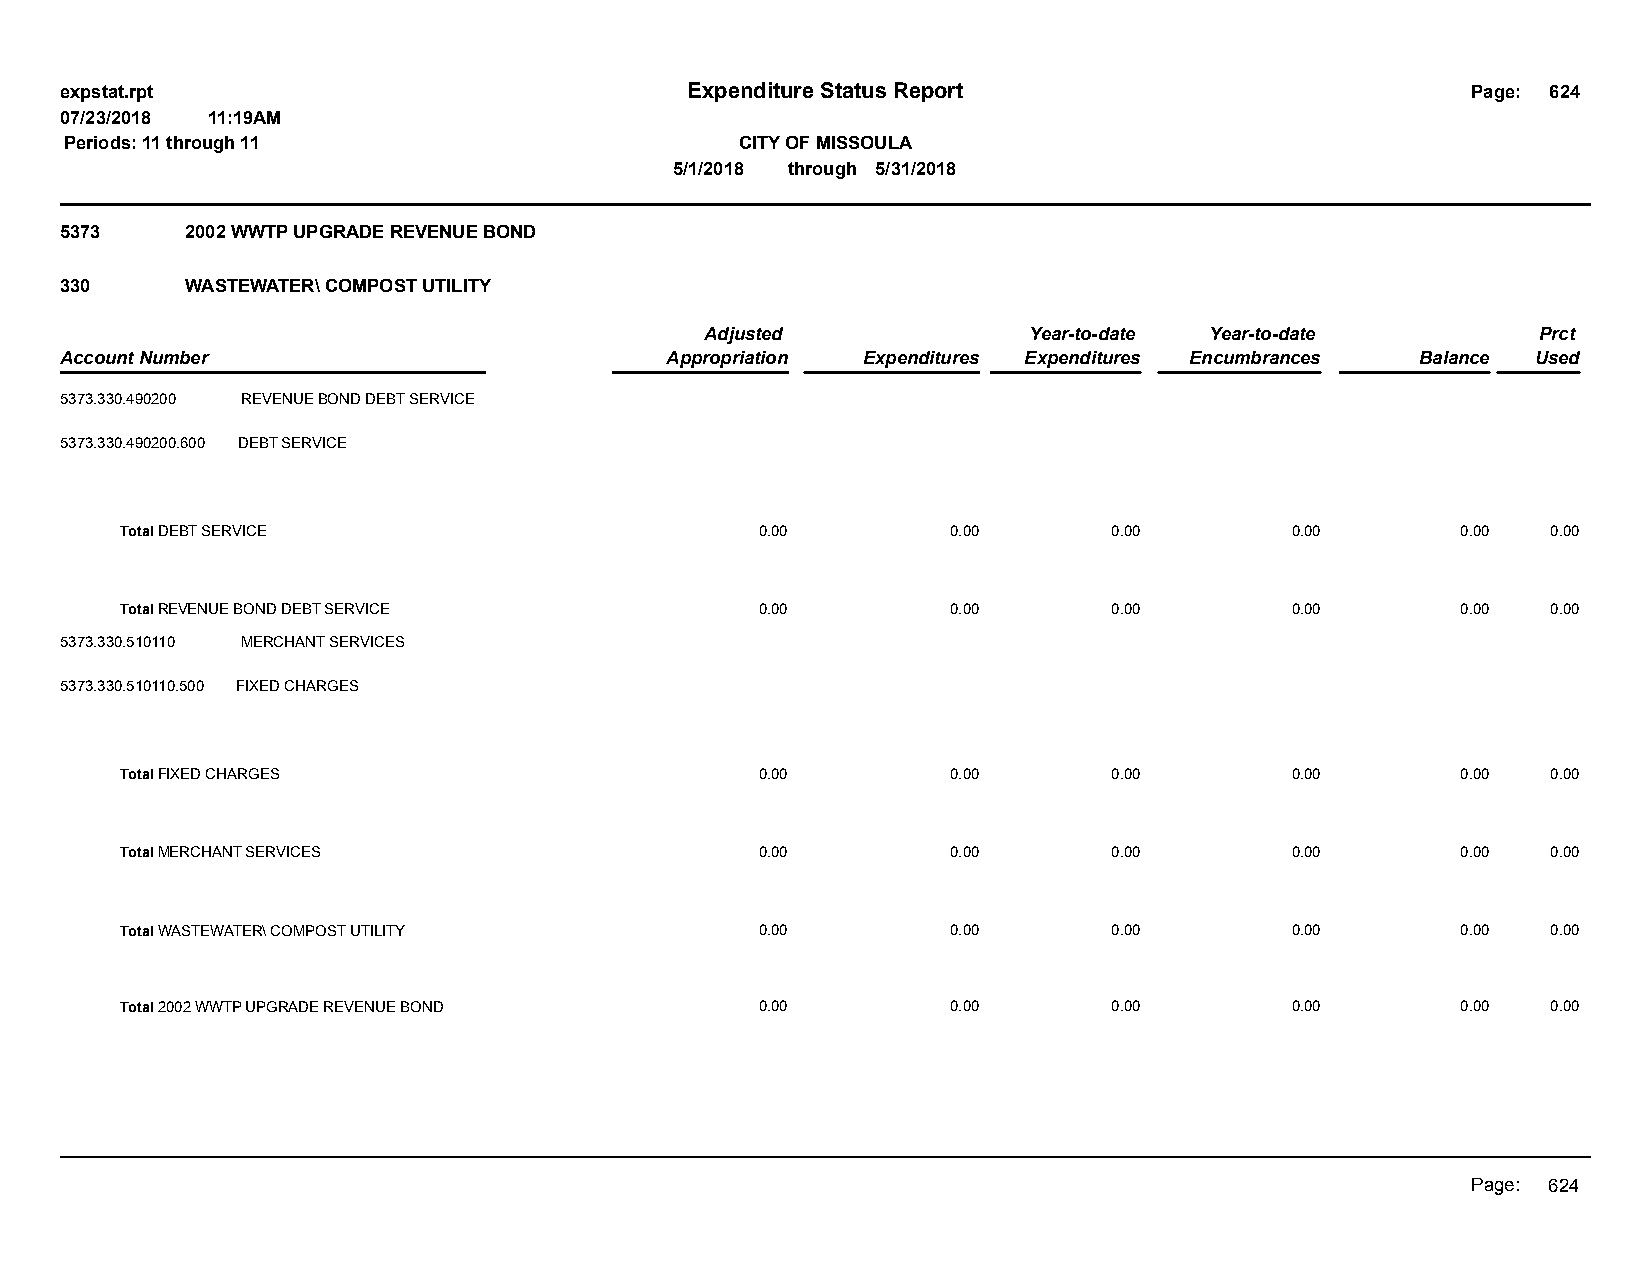
expstat.rpt                              Expenditure Status Report                           Page: 624
 07/23/2018 11:19AM
 Periods: 11 through 11                       CITY OF MISSOULA
 5/1/2018 through 5/31/2018
 5373    2002 WWTP UPGRADE REVENUE BOND
 330     WASTEWATER\ COMPOST UTILITY
 Adjusted             Year-to-date Year-to-date         Prct
 Account Number                          Appropriation Expenditures Expenditures Encumbrances Balance Used
 5373.330.490200 REVENUE BOND DEBT SERVICE
 5373.330.490200.600 DEBT SERVICE
 Total DEBT SERVICE                        0.00         0.00       0.00       0.00        0.00  0.00
 Total REVENUE BOND DEBT SERVICE           0.00         0.00       0.00       0.00        0.00  0.00
 5373.330.510110 MERCHANT SERVICES
 5373.330.510110.500 FIXED CHARGES
 Total FIXED CHARGES                       0.00         0.00       0.00       0.00        0.00  0.00
 Total MERCHANT SERVICES                   0.00         0.00       0.00       0.00        0.00  0.00
 Total WASTEWATER\ COMPOST UTILITY         0.00         0.00       0.00       0.00        0.00  0.00
 Total 2002 WWTP UPGRADE REVENUE BOND      0.00         0.00       0.00       0.00        0.00  0.00
 Page: 624